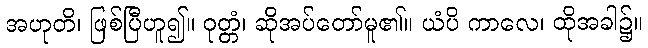
အဟုတိ၊ ဖြစ်ပြီဟူ၍။ ဝုတ္တံ၊ ဆိုအပ်တော်မူ၏။ ယံပိ ကာလေ၊ ထိုအခါ၌။